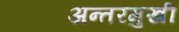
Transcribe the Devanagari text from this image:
अन्तरमुखी